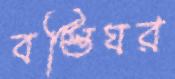
বস্তিঘর